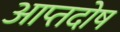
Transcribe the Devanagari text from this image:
आप्तदोष